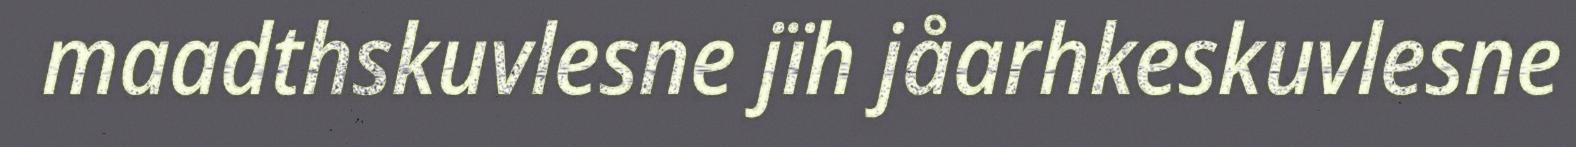
maadthskuvlesne jïh jåarhkeskuvlesne